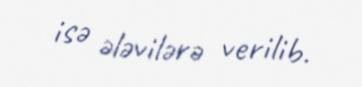
isə ələvilərə verilib.